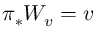
\pi _ { * } W _ { v } = v